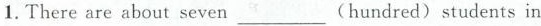
1.There are about seven___(hundred) students in